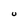
Character: U